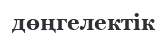
дөңгелектік